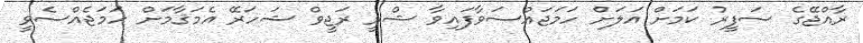
ރާއްޖޭގެ ސަފީރު ކަމަށް އަލަށް ހަމަޖައްސަވާފައިވާ ޝްރީ ރަޖީވް ޝަހަރޭ އެމަޤާމަށް ހަމަޖެއްސެވީ